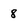
Character: 8